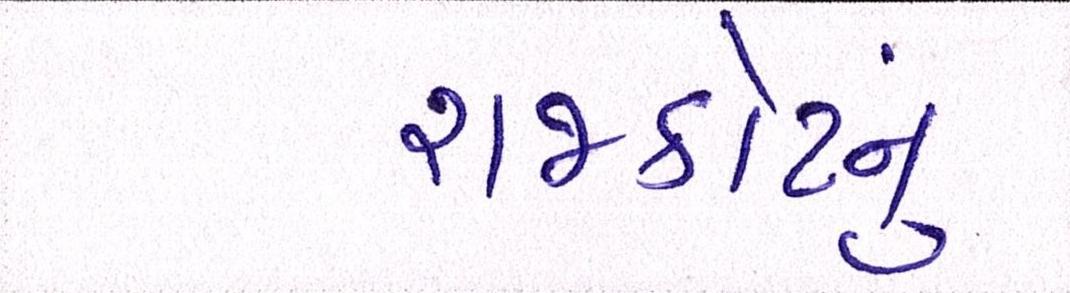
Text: રાજકોટનું